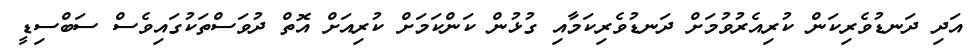
އަދި ދަނޑުވެރިކަން ކުރިއެރުވުމަށް ދަނޑުވެރިކަމާއި ގުޅުން ކަންކަމަށް ކުރިއަށް އޮތް ދުވަސްތަކުގައިވެސް ސަބްސިޑީ